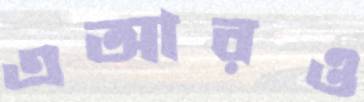
এআরও